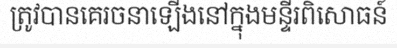
ត្រូវបានគេរចនាឡើងនៅក្នុងមន្ទីរពិសោធន៍